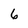
Character: 6